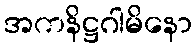
အကနိဋ္ဌဂါမိနော